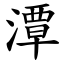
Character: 潭